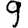
Digit: 9